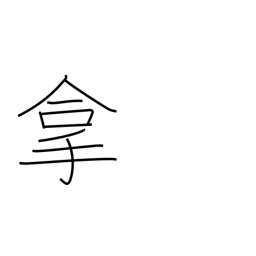
Meaning: catch